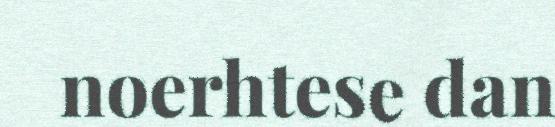
noerhtese dan